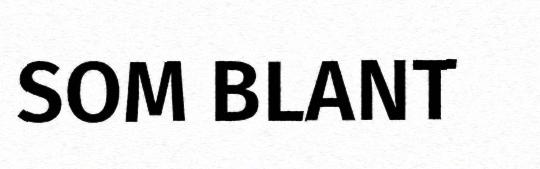
SOM BLANT